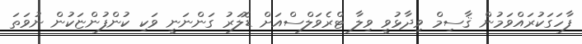
ފާހަގަކުރައްވަމުން ޤާސިމް ވިދާޅުވީ ވިލާ ޓްރެވަލްސްއަށް ޑޮލަރު ގަންނަނީ ވަކި ކުންފުންޏަކުން ނުވަތަ